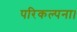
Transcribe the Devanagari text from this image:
परिकल्पना।